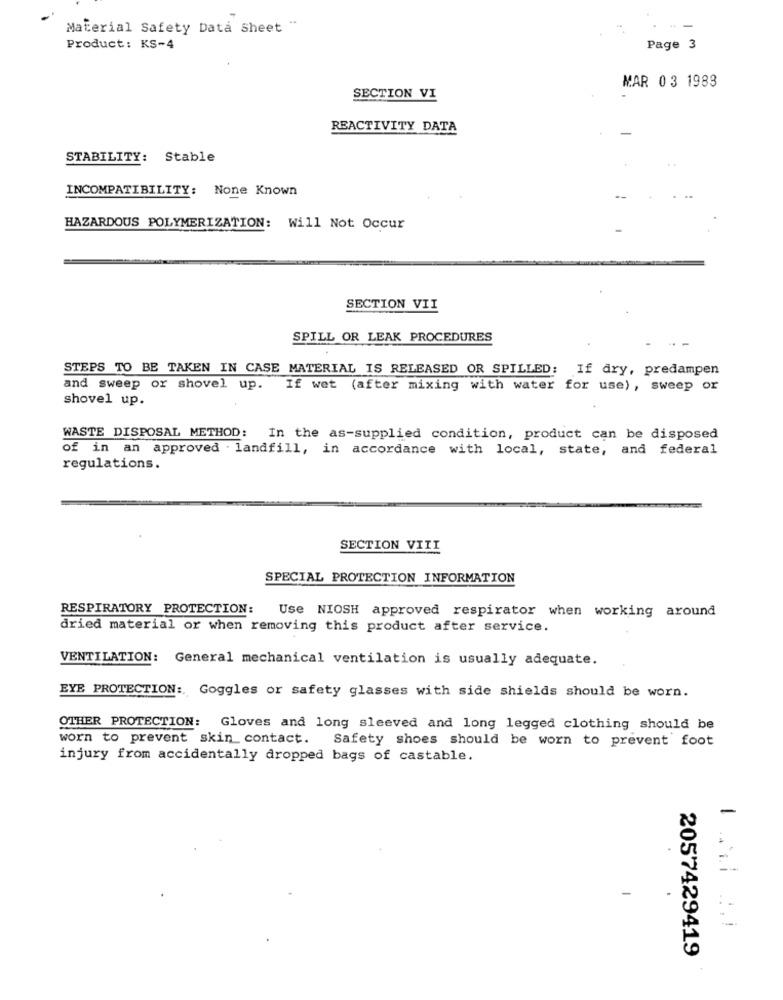
Material Safety Data Sheet "
Product: KS-4
Page 3
MAR 03 1983
SECTION VI
REACTIVITY DATA
STABILITY: Stable
INCOMPATIBILITY: None Known
HAZARDOUS POLYMERIZATION: Will Not Occur
SECTION VII
SPILL OR LEAK PROCEDURES
STEPS TO BE TAKEN IN CASE MATERIAL IS RELEASED OR SPILLED: If dry, predampen
and sweep or shovel up. If wet (after mixing with water for use), sweep or
shovel up.
WASTE DISPOSAL METHOD: In the as-supplied condition, product can be disposed
of in an approved . landfill, in accordance with local, state, and federal
regulations.
SECTION VIII
SPECIAL PROTECTION INFORMATION
RESPIRATORY PROTECTION:
Use NIOSH approved respirator when working around
dried material or when removing this product after service.
VENTILATION: General mechanical ventilation is usually adequate.
EYE PROTECTION :, Goggles or safety glasses with side shields should be worn.
OTHER PROTECTION: Gloves and long sleeved and long legged clothing should be
worn to prevent skin contact. Safety shoes should be worn to prevent foot
injury from accidentally dropped bags of castable.
-
-
2057429419